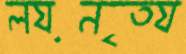
লয়নৃত্য